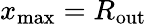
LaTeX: x_{\mathrm{max}}=R_{\mathrm{out}}